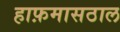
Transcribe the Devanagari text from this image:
हाफ़मासठाल